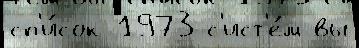
сп'и́сок 1973 с'ист'е́м вы